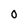
Character: 0